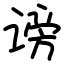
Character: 谤